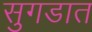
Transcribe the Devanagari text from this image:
सुगडात